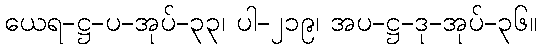
ယေရ-ဋ္ဌ-ပ-အုပ်-၃၃၊ ပါ-၂၁၉၊ အပ-ဋ္ဌ-ဒု-အုပ်-၃၆။